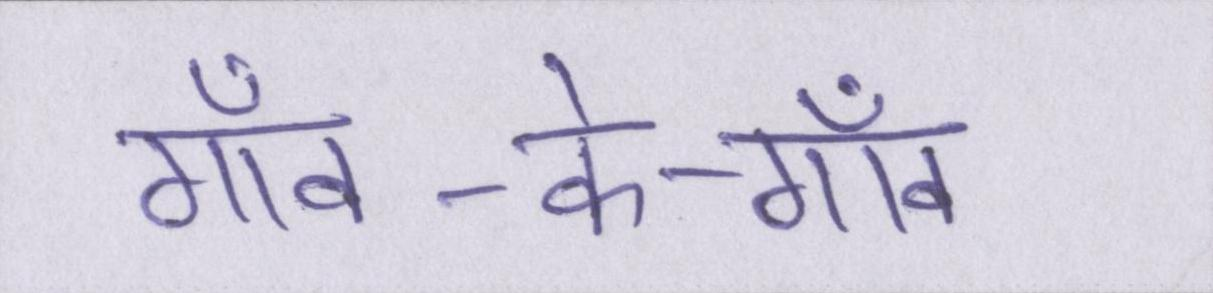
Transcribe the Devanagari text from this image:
गाँव-के-गाँव